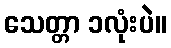
သေတ္တာ ၁လုံးပဲ။